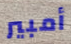
أمبير